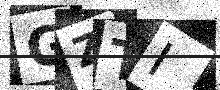
Text: GZTI